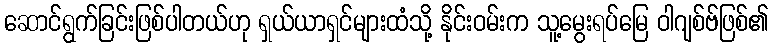
ဆောင်ရွက်ခြင်းဖြစ်ပါတယ်ဟု ရှယ်ယာရှင်များထံသို့ နိုင်းဝမ်းက သူ့မွေးရပ်မြေ ဝါဂျစ်ဗ်ဖြစ်၏